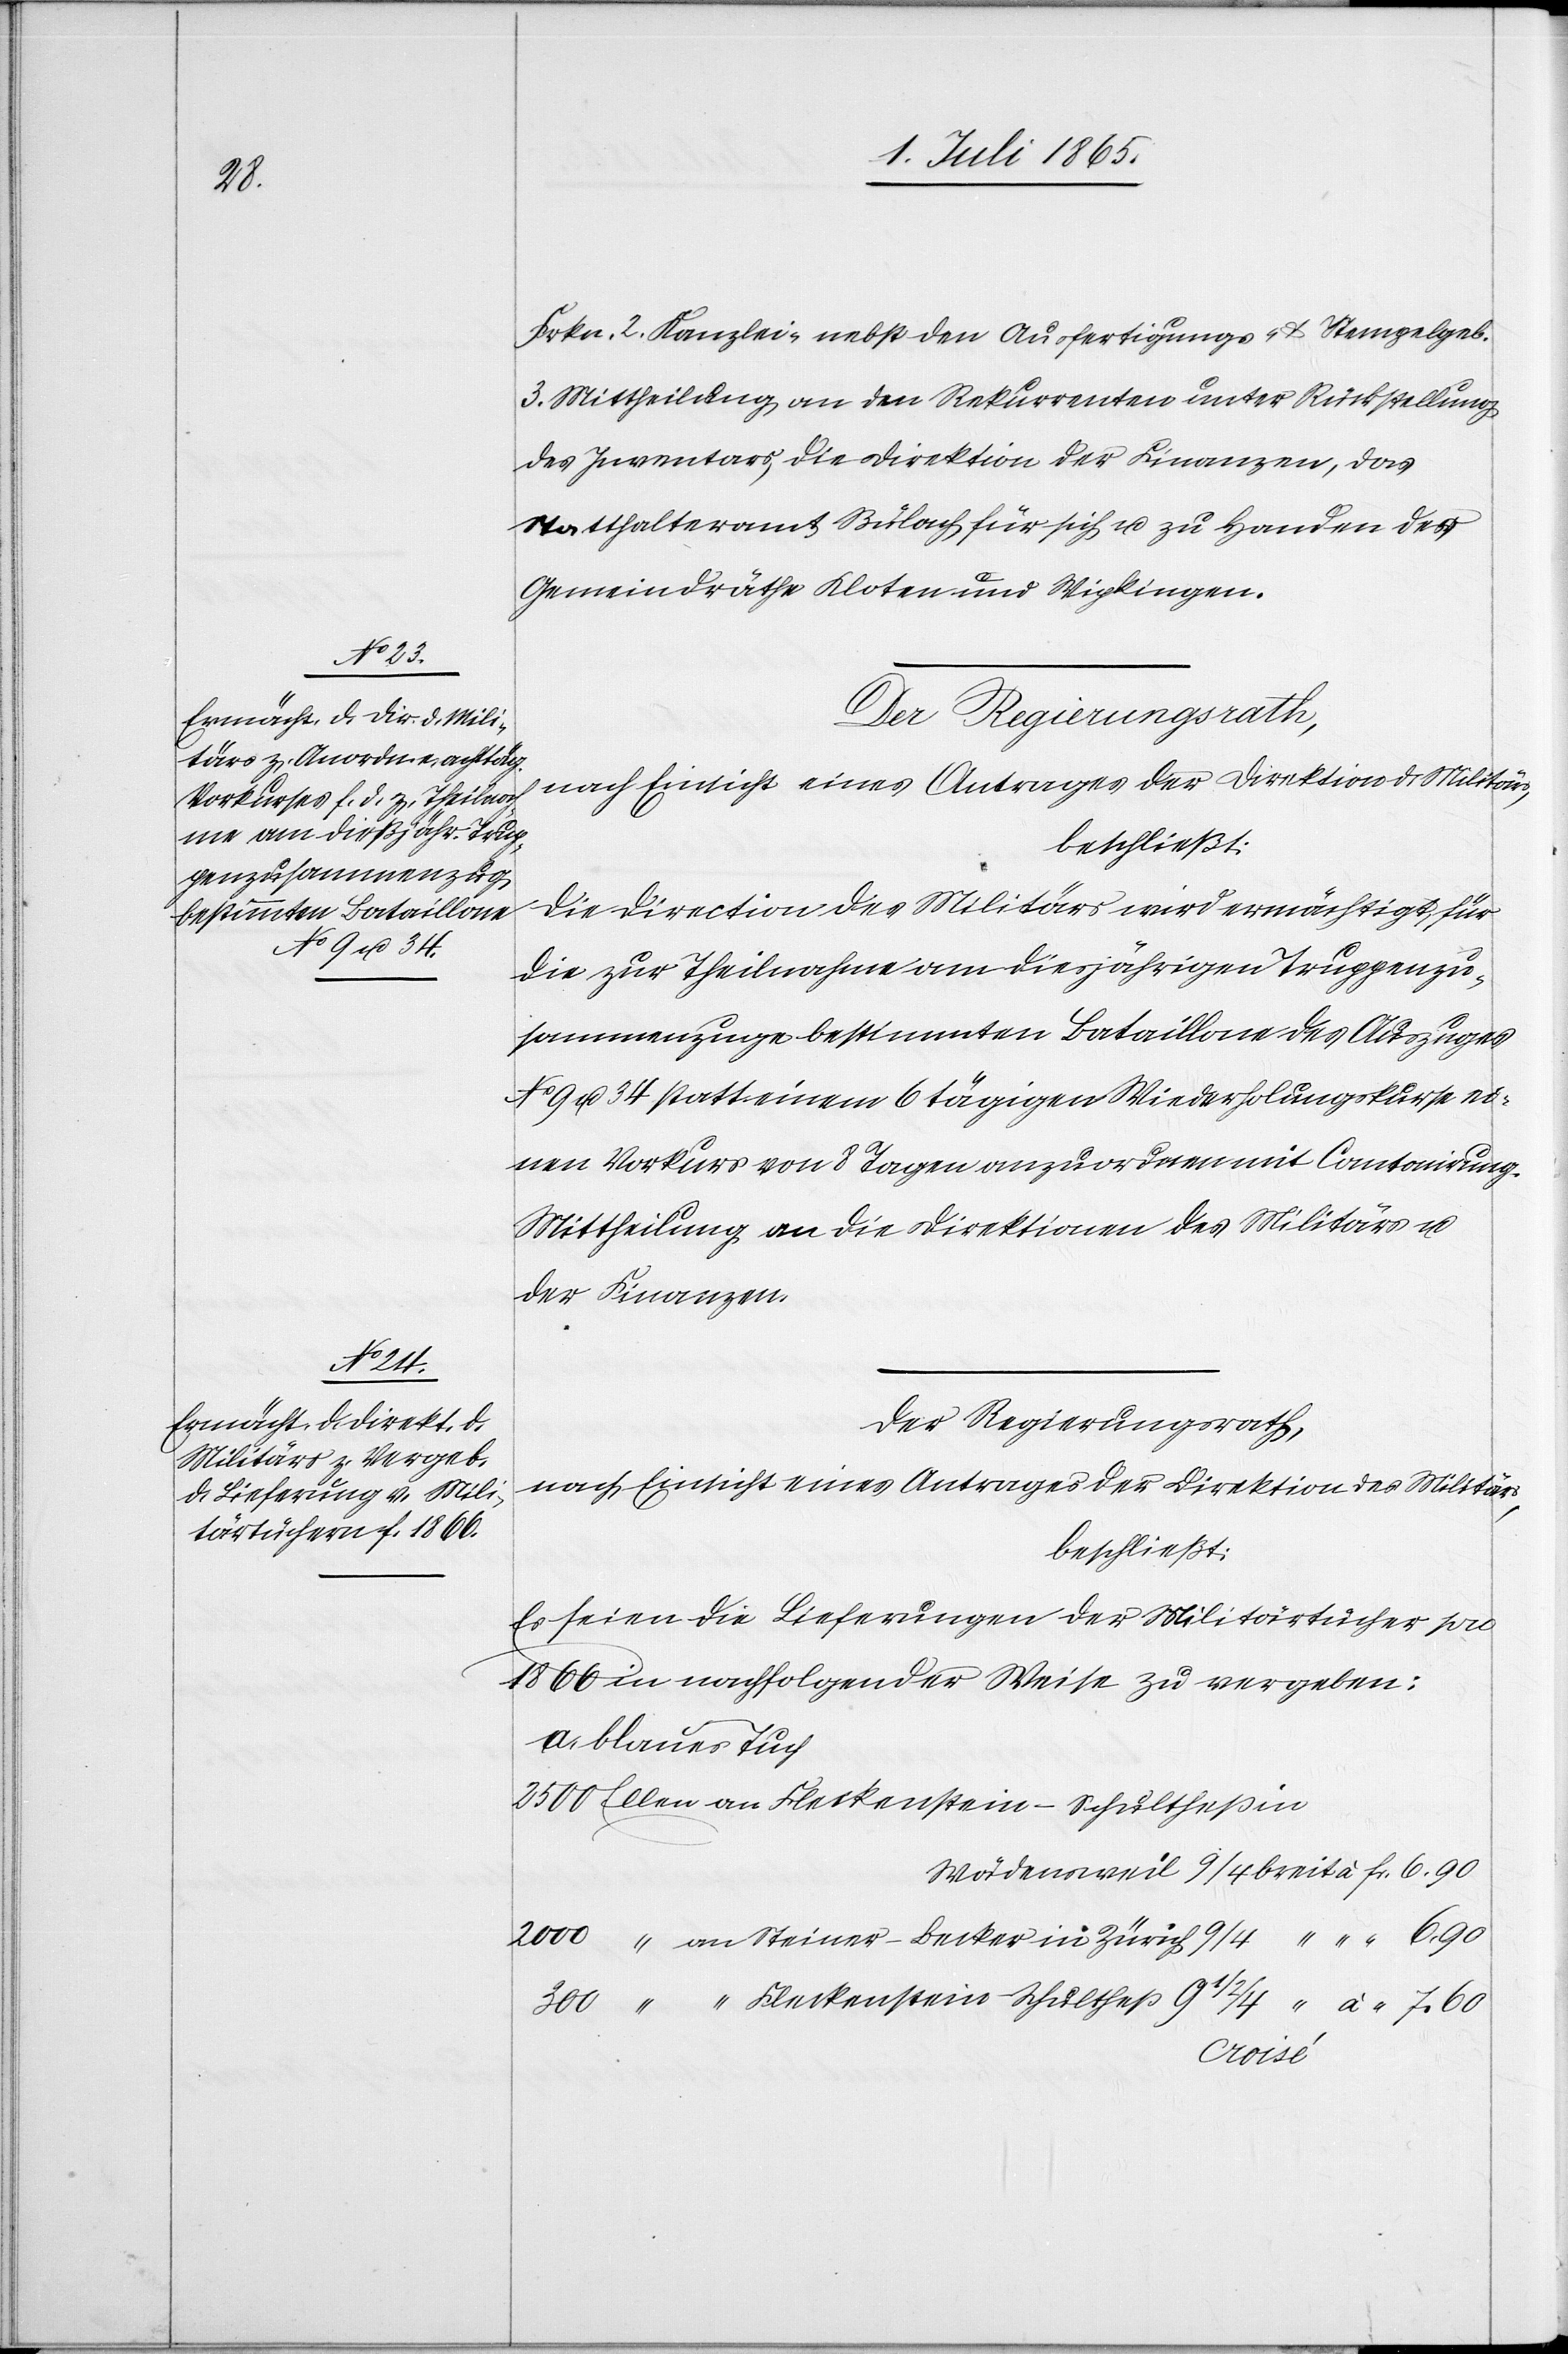
fr.

Frkn. 2 Kanzlei- nebst den Ausfertigungs- u. Stempelgeb.
3. Mittheilung an den Rekurrenten unter Rückstellung
des Inventars, die Direktion der Finanzen, das
Statthalteramt Bülach für sich u. zu Handen der
Gemeindräthe Kloten und Wipkingen.
Der Regierungsrath,
nach Einsicht eines Antrages der Direktion des Militärs,
beschließt:
Die Direction des Militärs wird ermächtigt für
die zur Theilnahme am diesjährigen Truppenzu¬
sammenzuge bestimmten Bataillone des Auszuges
No 9 u. 34 statt einem 6 tägigen Wiederholungskurse ei¬
nen Rekurs von 8 Tagen anzuordnen mit Cantonirung.
Mittheilung an die Direktion des Militärs u.
der Finanzen.
Der Regierungsrath,
nach Einsicht eines Antrages der Direktion des Militärs,
beschließt:
Es seien die Lieferungen der Militärtücher pro
1866 in nachfolgender Weise zu vergeben:
a. blaues Tuch
2500 Ellen	an Fleckenstein-Schultheß in
2000